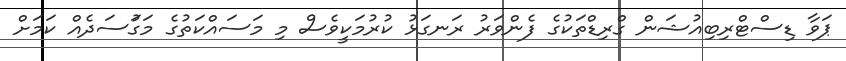
ޕަވާ ޑިސްޓްރިބިއުޝަން ގްރިޑްތަކުގެ ފެންވަރު ރަނގަޅު ކުރުމަކީވެސް މި މަސައްކަތުގެ މަގުަސަދެއް ކަމަށް